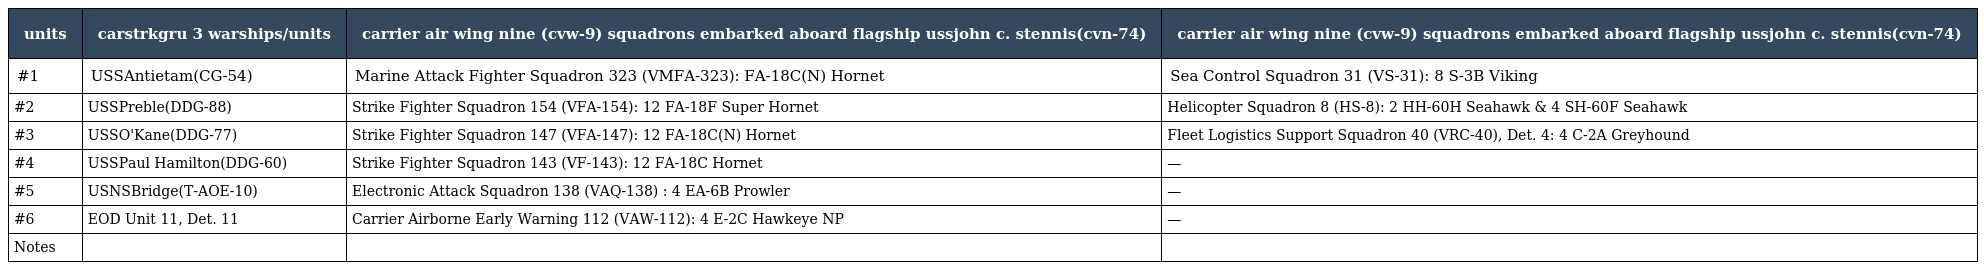
| units | carstrkgru 3 warships/units | carrier air wing nine (cvw-9) squadrons embarked aboard flagship ussjohn c. stennis(cvn-74) | carrier air wing nine (cvw-9) squadrons embarked aboard flagship ussjohn c. stennis(cvn-74) |
 | --- | --- | --- | --- |
 | #1 | USSAntietam(CG-54) | Marine Attack Fighter Squadron 323 (VMFA-323): FA-18C(N) Hornet | Sea Control Squadron 31 (VS-31): 8 S-3B Viking |
 | #2 | USSPreble(DDG-88) | Strike Fighter Squadron 154 (VFA-154): 12 FA-18F Super Hornet | Helicopter Squadron 8 (HS-8): 2 HH-60H Seahawk & 4 SH-60F Seahawk |
 | #3 | USSO'Kane(DDG-77) | Strike Fighter Squadron 147 (VFA-147): 12 FA-18C(N) Hornet | Fleet Logistics Support Squadron 40 (VRC-40), Det. 4: 4 C-2A Greyhound |
 | #4 | USSPaul Hamilton(DDG-60) | Strike Fighter Squadron 143 (VF-143): 12 FA-18C Hornet | — |
 | #5 | USNSBridge(T-AOE-10) | Electronic Attack Squadron 138 (VAQ-138) : 4 EA-6B Prowler | — |
 | #6 | EOD Unit 11, Det. 11 | Carrier Airborne Early Warning 112 (VAW-112): 4 E-2C Hawkeye NP | — |
 | Notes |  |  |  |